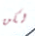
لكن